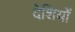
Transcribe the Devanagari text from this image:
देशियों